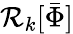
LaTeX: {\mathcal{R}}_{k}[{\bar{\Phi}}]